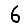
Digit: 6